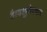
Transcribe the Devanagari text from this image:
वैश्यशूद्रोपचार